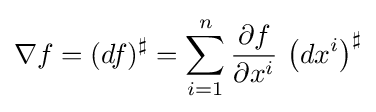
\nabla f=(df)^{\sharp }=\sum _{i=1}^{n}{\frac {\partial f}{\partial x^{i}}}\,\left(dx^{i}\right)^{\sharp }